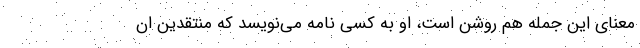
معنای این جمله هم روشن است، او به کسی نامه می‌نویسد که منتقدین ان